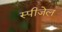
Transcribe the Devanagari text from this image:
स्पीजेल